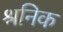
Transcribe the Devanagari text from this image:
श्रनिक